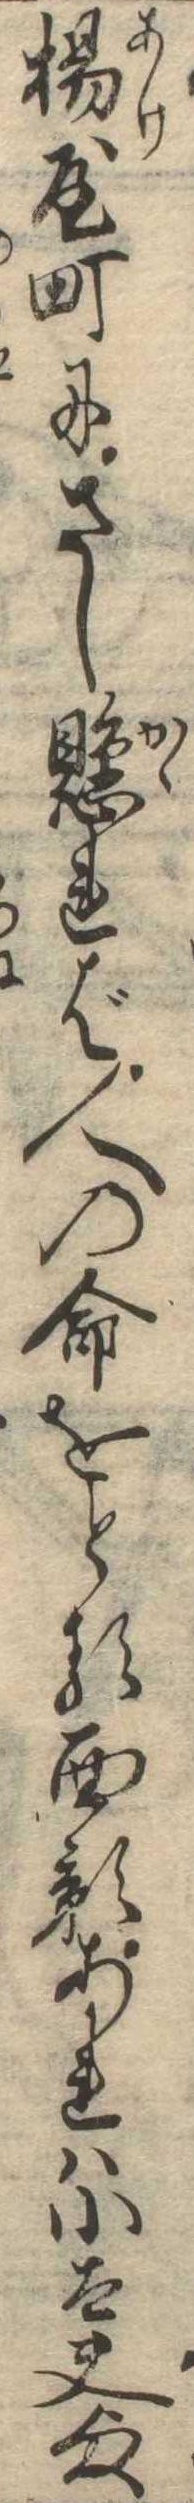
揚屋町にさし懸れば人の命をとる面影あれは小太夫様